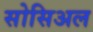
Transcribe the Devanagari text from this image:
सोसिअल